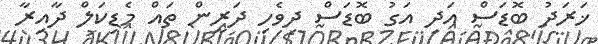
ޚަރަދު ބޮޑަސް އަދި އަގު ބޮޑަސް ދިވެހި ދަރީން ތައް މެޑިކަލް ދާއިރާ